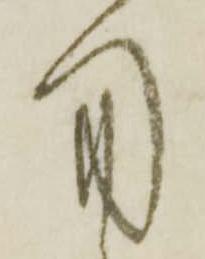
用